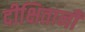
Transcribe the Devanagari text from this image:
दीक्षितानी